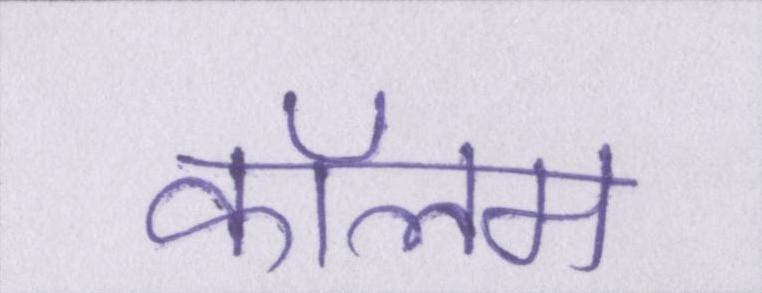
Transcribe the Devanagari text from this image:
कॉलम